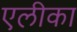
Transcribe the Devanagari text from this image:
एलीका